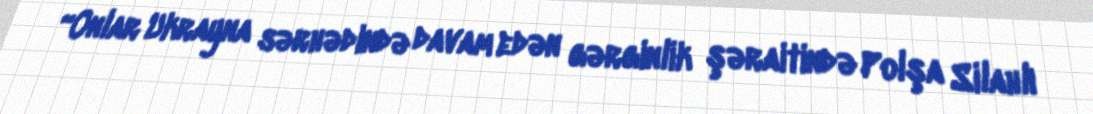
“Onlar Ukrayna sərhədində davam edən gərginlik şəraitində Polşa Silahlı